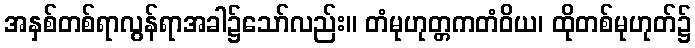
အနှစ်တစ်ရာလွန်ရာအခါ၌သော်လည်း။ တံမုဟုတ္တကတံဝိယ၊ ထိုတစ်မုဟုတ်၌